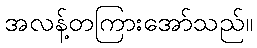
အလန့်တကြားအော်သည်။